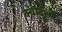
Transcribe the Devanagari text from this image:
क्वॉर्टर्ली